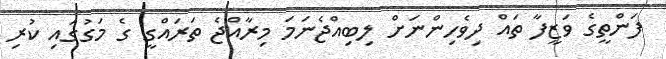
ފަންތީގެ ވަޒީފާ ތައް ދިވެހިންނަށް ލިބިއްޖެނަމަ މިރާއްޖެ ތަރައްގީ ގެ މަގުގައި ކުރި